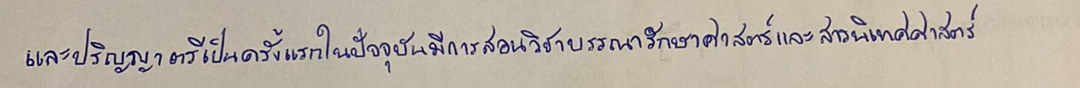
และปริญญาตรีเป็นครั้งแรกในปัจจุบันมีการสอนวิชาบรรณารักษศาสตร์และสารนิเทศศาสตร์